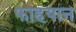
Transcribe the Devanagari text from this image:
फाहयान